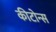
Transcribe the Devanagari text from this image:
कीटोन्स